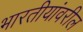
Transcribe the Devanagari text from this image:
भारतीयांवरील